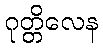
ဂုတ္တိလေန